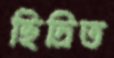
ছিদ্রিত